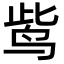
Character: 𪉈